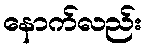
နောက်လည်း